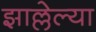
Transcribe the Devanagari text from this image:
झाल्लेल्या